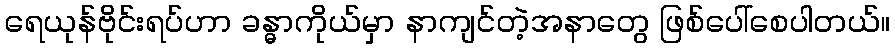
ရေယုန်ဗိုင်းရပ်ဟာ ခန္ဓာကိုယ်မှာ နာကျင်တဲ့အနာတွေ ဖြစ်ပေါ်စေပါတယ်။